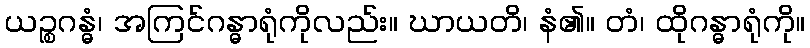
ယဉ္စဂန္ဓံ၊ အကြင်ဂန္ဓာရုံကိုလည်း။ ဃာယတိ၊ နံ၏။ တံ၊ ထိုဂန္ဓာရုံကို။